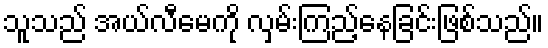
သူသည် အယ်လီမေကို လှမ်းကြည့်နေခြင်းဖြစ်သည်။